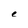
Character: e